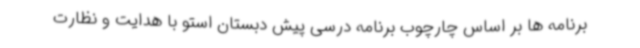
برنامه ها بر اساس چارچوب برنامه درسی پیش دبستان استو با هدایت و نظارت